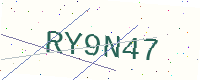
Text: RY9N47